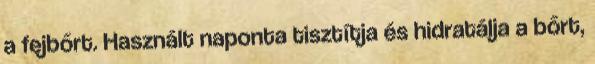
a fejbőrt. Használt naponta tisztítja és hidratálja a bőrt,